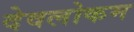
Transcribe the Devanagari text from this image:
देवलोकम